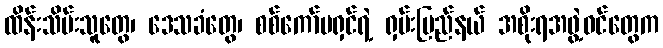
ထိန်းသိမ်းသူတွေ၊ ဒေသခံတွေ၊ စစ်ကော်မရှင်ရဲ့ ရှမ်းပြည်နယ် အစိုးရအဖွဲ့ဝင်တွေက